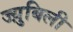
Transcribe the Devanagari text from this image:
ज्य़ुबिली